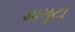
મામૂટી